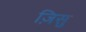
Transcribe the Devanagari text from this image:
ज़िसु